Annual report of the Punjab Veterinary College and of the Civil Veterinary Department, Punjab - 1926-1932
Year: 1926
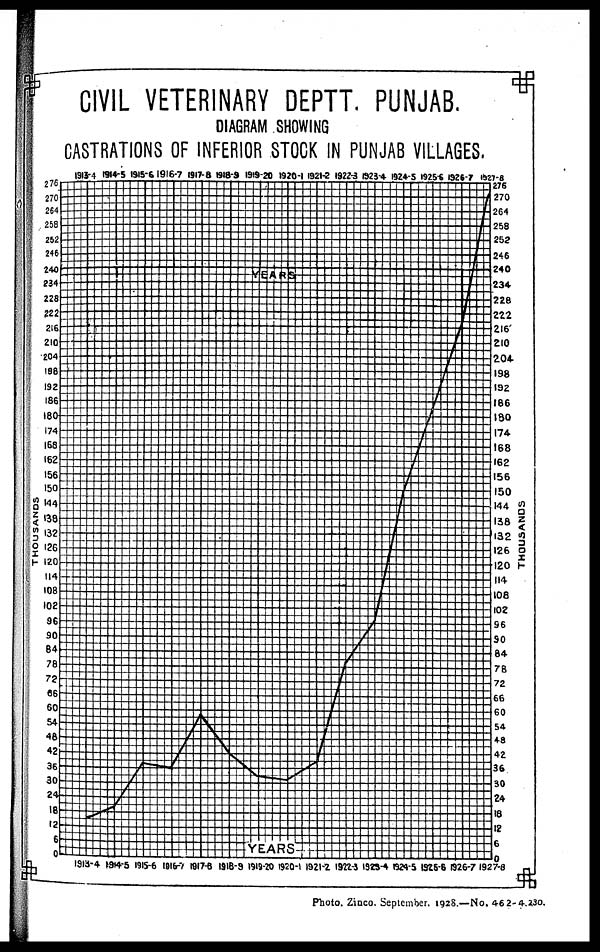
CIVIL VETERINARY DEPTT. PUNJAB.
DIAGRAM SHOWING
CASTRATIONS OF INFERIOR STOCK IN PUNJAB VILLAGES.
Photo. Zinco. September. 1928.—No. 462-4, 230.